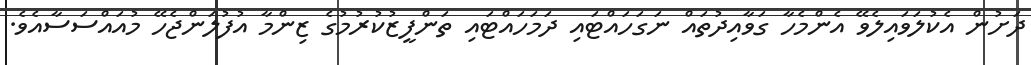
ދަށުން އެކުލަވައިލެވޭ އެންމެހާ ގަވާއިދުތައް ނަގަހައްޓައި ދަމަހައްޓައި ތަންފީޒުކުރުމުގެ ޒިންމާ އުފުލަންޖެހޭ މުއައްސަސާއެވެ.